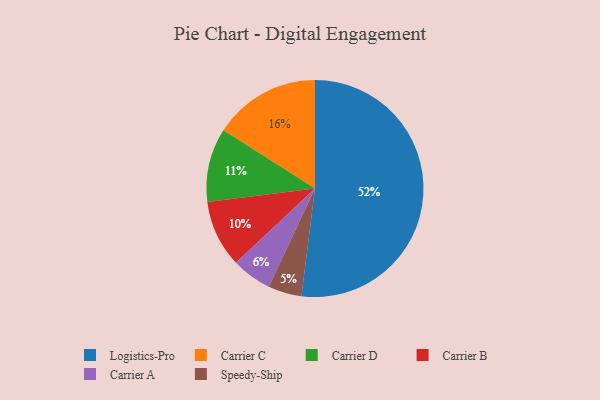
{"axis": {"x": "Category", "y": "Percentage"}, "legend": ["Carrier A", "Carrier B", "Carrier C", "Carrier D", "Logistics-Pro", "Speedy-Ship"], "data": [{"x": "Carrier A", "y": 6, "type": "Carrier A"}, {"x": "Carrier B", "y": 10, "type": "Carrier B"}, {"x": "Carrier D", "y": 11, "type": "Carrier D"}, {"x": "Carrier C", "y": 16, "type": "Carrier C"}, {"x": "Speedy-Ship", "y": 5, "type": "Speedy-Ship"}, {"x": "Logistics-Pro", "y": 52, "type": "Logistics-Pro"}]}